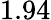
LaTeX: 1.94